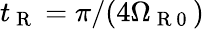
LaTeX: t_{\mathrm{~R~}}=\pi/(4\Omega_{\mathrm{~R~0~}})